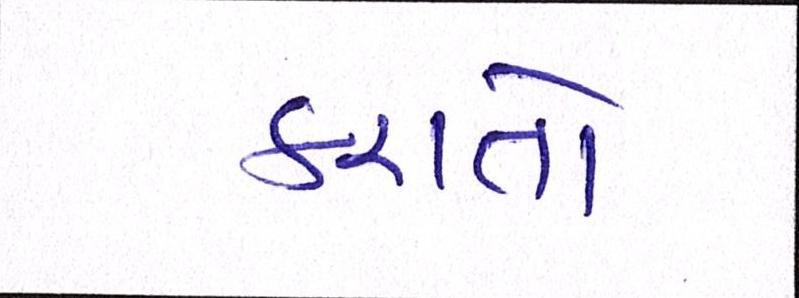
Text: કરાતો